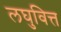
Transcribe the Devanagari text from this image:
लघुवित्त